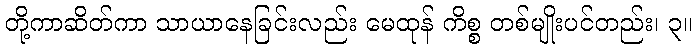
တို့ကာဆိတ်ကာ သာယာနေခြင်းလည်း မေထုန် ကိစ္စ တစ်မျိုးပင်တည်း၊ ၃။